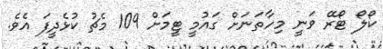
ކޯލޯ ޓޯރޭ ވަނީ މިހާތަނަށް ގައުމީ ޓީމަށް 109 މެޗު ކުޅެދީފަ އެވެ.